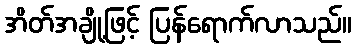
အိတ်အချို့ဖြင့် ပြန်ရောက်လာသည်။